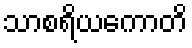
သာစရိယကောတိ